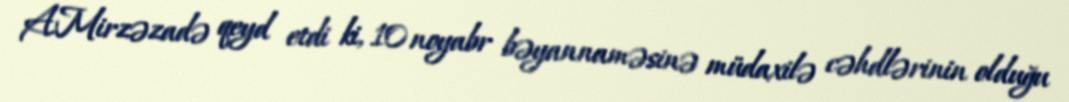
A.Mirzəzadə qeyd etdi ki, 10 noyabr bəyannaməsinə müdaxilə cəhdlərinin olduğu